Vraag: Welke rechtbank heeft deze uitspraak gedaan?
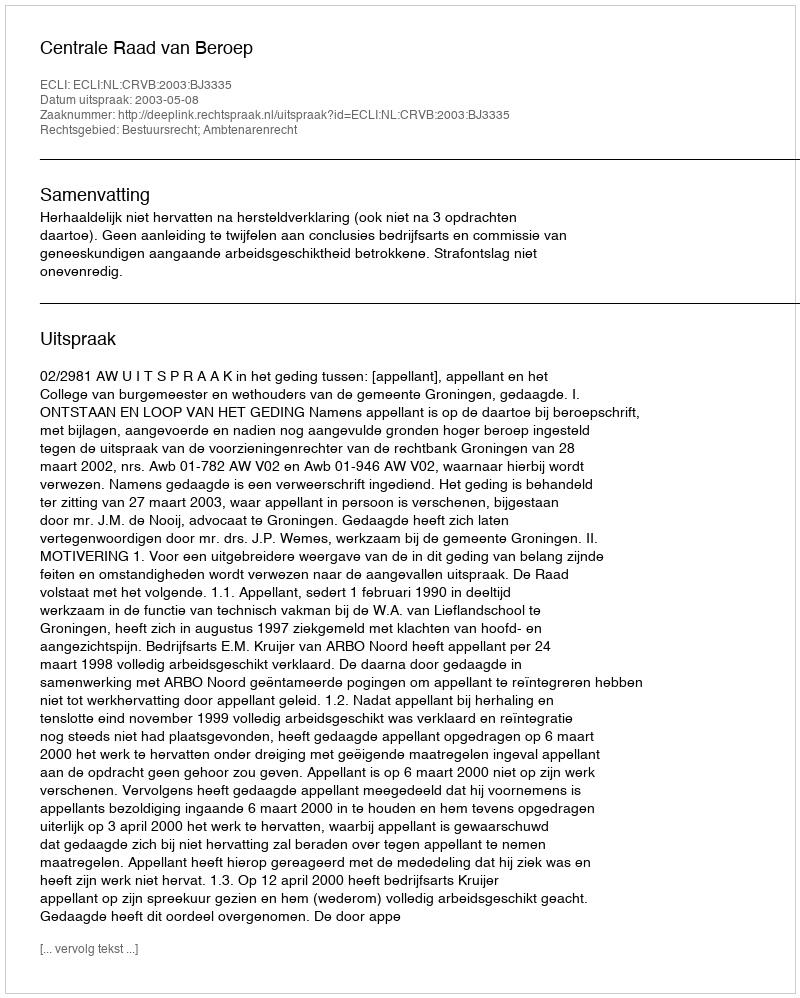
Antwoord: Centrale Raad van Beroep